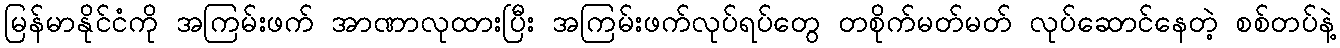
မြန်မာနိုင်ငံကို အကြမ်းဖက် အာဏာလုထားပြီး အကြမ်းဖက်လုပ်ရပ်တွေ တစိုက်မတ်မတ် လုပ်ဆောင်နေတဲ့ စစ်တပ်နဲ့